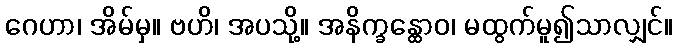
ဂေဟာ၊ အိမ်မှ။ ဗဟိ၊ အပသို့။ အနိက္ခန္ထောဝ၊ မထွက်မူ၍သာလျှင်။